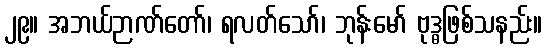
၂၉။ အဘယ်ဉာဏ်တော်၊ ရလတ်သော်၊ ဘုန်းမော် ဗုဒ္ဓဖြစ်သနည်း။